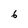
Character: 6